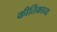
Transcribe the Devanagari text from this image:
कीर्तिकाव्य